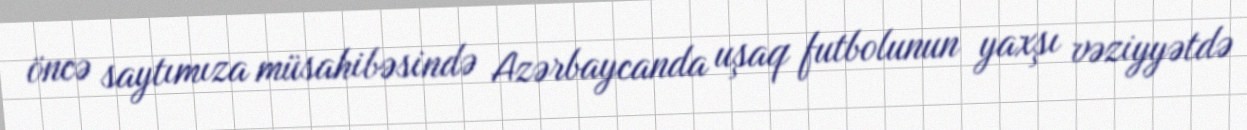
öncə saytımıza müsahibəsində Azərbaycanda uşaq futbolunun yaxşı vəziyyətdə